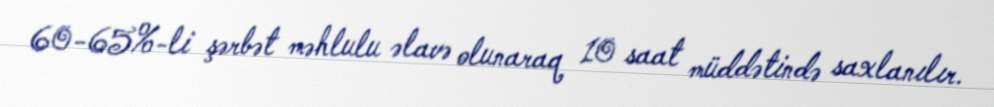
60-65%-li şərbət məhlulu əlavə olunaraq 10 saat müddətində saxlanılır.